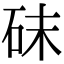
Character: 砞